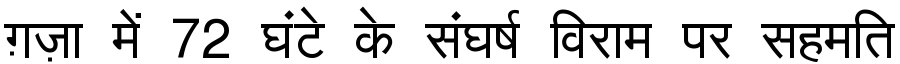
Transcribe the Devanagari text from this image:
ग़ज़ा में 72 घंटे के संघर्ष विराम पर सहमति